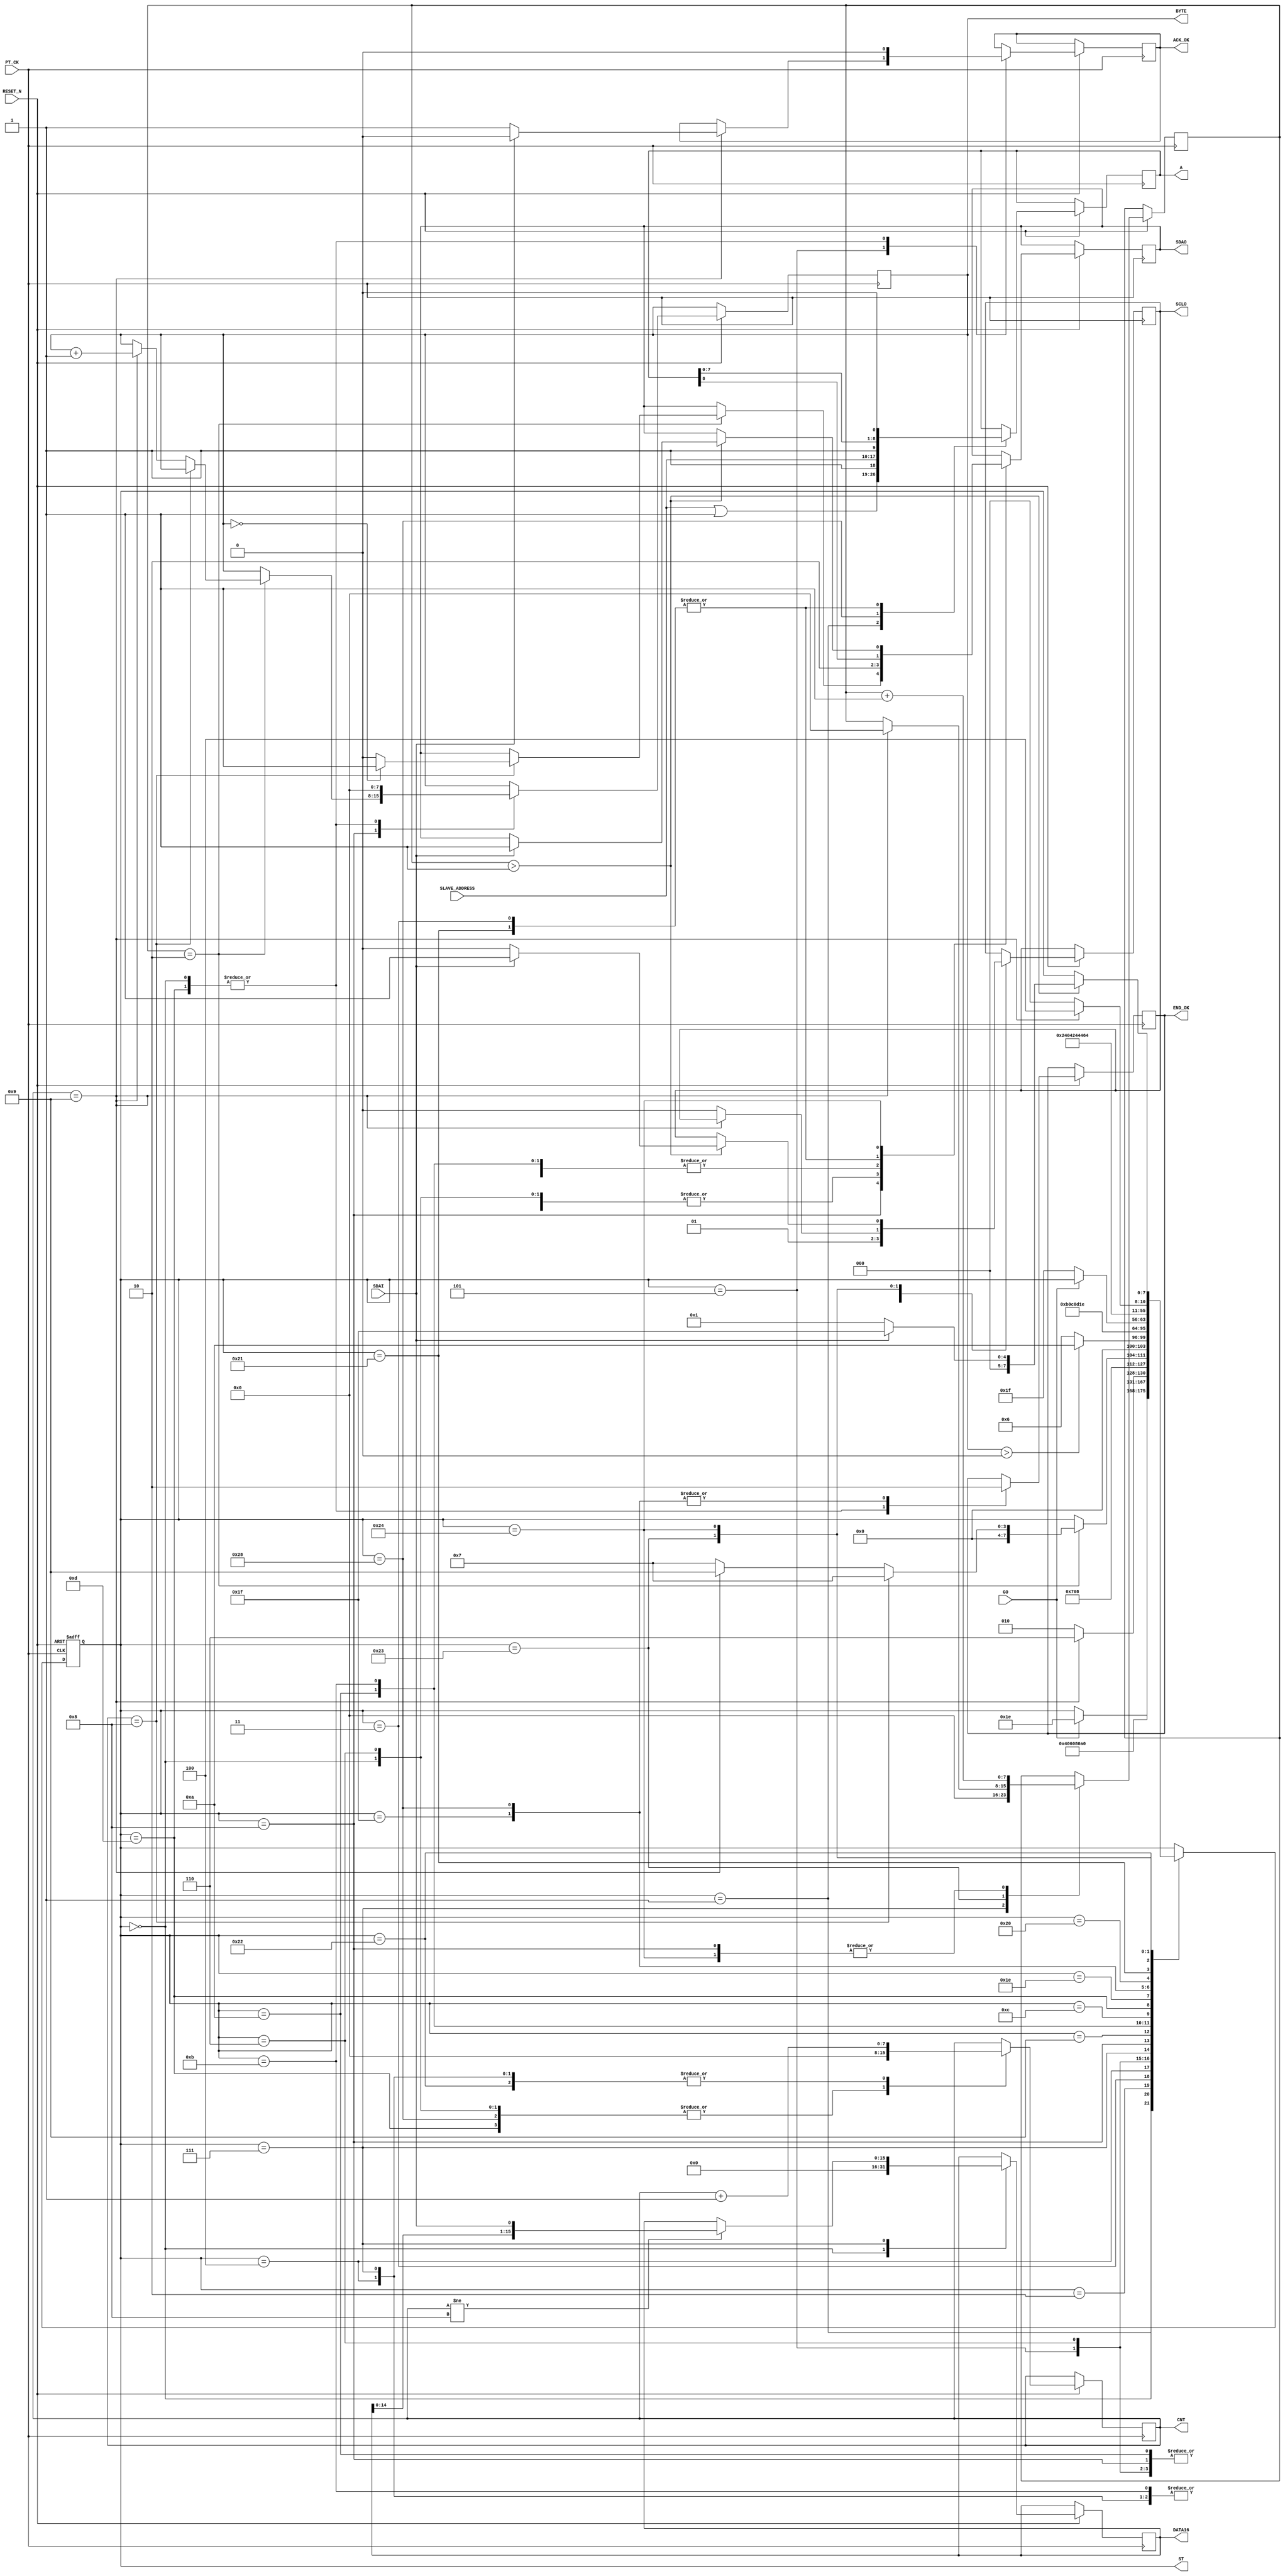
module I2C_READ_BYTE_C (
   input  				RESET_N ,
	input       		PT_CK,
	input       [7:0]	SLAVE_ADDRESS ,
	input       		GO,
	input       		SDAI,
	output reg  		SDAO,
	output reg  		SCLO,
	output reg  		END_OK , 
	output reg  [15:0] DATA16 , 
	//for TEST
	output reg  [7:0] ST ,
	output reg        ACK_OK,
	output reg  [7:0] CNT,
	output reg  [8:0] A ,
	output reg  [7:0] BYTE
);

reg    [7:0]DELY ;    //ST DELAY
wire   [7:0]END_BYTE ; 
assign      END_BYTE =0;

always @( negedge RESET_N or posedge  PT_CK )begin
if (!RESET_N  ) ST <=0;
else 
	  case (ST)
	    0: begin  
		      SDAO   <=1; 
	         SCLO   <=1;
	         ACK_OK <=0;
	         CNT    <=0;
	         END_OK <=1;
	         BYTE   <=0;
				DATA16 <=0;
	         if (GO) ST  <=30 ;							
		    end		  
	  //----I2C READ-COMMAND---
	    1: begin  //start 
		      ST <=2 ; 
			   { SDAO,  SCLO } <= 2'b01; 
				A <= {SLAVE_ADDRESS | 1  ,1'b1 };//READ COMMAND
		    end
	    2: begin  //start 
		      ST <=3 ; 
			   { SDAO,  SCLO } <= 2'b00; 
		    end
			 
	    3: begin  //start 
		      ST <=4 ; 
			   { SDAO, A } <= { A ,1'b0 }; 
		    end
	    4: begin
		      ST <=5 ; 
			   SCLO <= 1'b1 ; 
				CNT <= CNT +1 ;
		    end
			 
	    5: begin  
			   SCLO <= 1'b0 ; 
			   if (CNT ==9) begin
				    ST <= 6 ; 
					 if ( !SDAI ) ACK_OK <=1 ; 
					 else ACK_OK <=0 ; 
				 end
				 else ST <= 2;
		    end			 
     //-----DATA READ---
	    6: begin 
		      ST <=7 ; 
			   {SDAO , SCLO} <= 2'b10; 			
				CNT <=0 ;
		    end
	    7: begin  
		      ST <=8 ;  
				DELY <=0;
			   SCLO <= 1'b1 ; 
				    if ( CNT !=8  ) DATA16 <= { DATA16[14:0], SDAI };
				   CNT <= CNT +1 ;
		    end			 
	    8: begin  		 
		    DELY <=DELY+1 ;
			 SCLO <= 1'b0 ; 
			 if (DELY ==2)  begin 			    
			    if (CNT ==8) begin
				      ST <= 7;
					   if ( BYTE  == END_BYTE )  SDAO <= 1'b1 ; 
					   else  
					   SDAO <= 1'b0 ;
				 end
			    else if (CNT == 9)  
				    begin 
					   BYTE <= BYTE +1 ;   ST <= 9; 
					 end
				 else ST <= 7;
			 end	 
		    end
	    9: begin
		     if  ( BYTE > END_BYTE ) ST <=10 ; 
			   else ST <=6 ; 
			   
         end
	    10: begin          //stop
		      ST <=11 ; 
			   { SDAO,  SCLO } <= 2'b00; 
         end
	    11: begin          //stop
		      ST <=12 ; 
			   { SDAO,  SCLO } <= 2'b01; 
         end
	    12: begin          //stop
		      ST <=13 ; 
			   { SDAO,  SCLO } <= 2'b11; 
         end	
		 13:	 
			  begin
		      ST     <= 30; 
				END_OK <= 1;
		      SDAO   <=1; 
	         SCLO   <=1;
	         ACK_OK <=0;
	         CNT    <=0;
	         BYTE <=0;				
		     end
		//--- END ---
		30: begin
            if (!GO) ST  <=31;
          end
		//--- END ---
		  30: begin
            if (!GO) ST  <=31;
          end			
		  31: begin  //
		      END_OK<=0;
				ST    <=1;	
			end	
	  //---SLEEP UP-----		 
	    40: begin  //

		      END_OK<=0;
				CNT <=0 ; 
		      ST <=32 ; 
			   { SDAO,  SCLO } <= 2'b01; 
				A <= {SLAVE_ADDRESS ,1'b1 };//WRITE COMMAND
		    end
	    32: begin  //start 
		      ST <=33 ; 
			   { SDAO,  SCLO } <= 2'b00; 
		    end			 
	    33: begin  //start 
		      ST <=34 ; 
			   { SDAO, A } <= { A ,1'b0 }; 
		    end
	    34: begin  //start 
		      ST <=35 ; 
			   SCLO <= 1'b1 ; 
				CNT <= CNT +1 ;
		    end
			 
	    35: begin  
			  
			  if (CNT==9)  begin DELY<=0;  ST <= 36;end 
			  else begin ST <= 32; SCLO <= 1'b0 ; end 
		    end	
 			 
	    36: begin  
		         DELY<=DELY+1;
				   if ( DELY > 1 )  begin 
				         if ( SDAI==1 ) begin ST <= 31 ;  { SDAO,  SCLO } <= 2'b11; end
			            else  begin ST <=1 ;SCLO <= 1'b0;  end 
			      end
				end	
		//--I2C START--
	 			  	  
	  endcase 
  end

endmodule